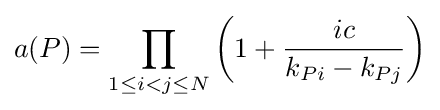
a(P)=\prod _{1\leq i<j\leq N}\left(1+{\frac {ic}{k_{Pi}-k_{Pj}}}\right)